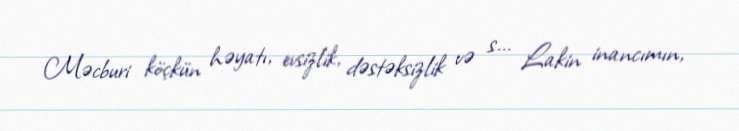
Məcburi köçkün həyatı, evsizlik, dəstəksizlik və s... Lakin inancımın,